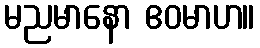
မညမာနော ဧဝမာဟ။